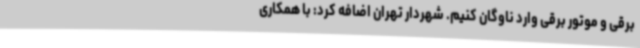
برقی و موتور برقی وارد ناوگان کنیم. شهردار تهران اضافه کرد: با همکاری